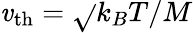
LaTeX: \mathit{v}_{\mathrm{{th}}}=\sqrt{}{{k_{B}T/M}}